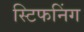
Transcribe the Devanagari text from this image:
स्टिफनिंग